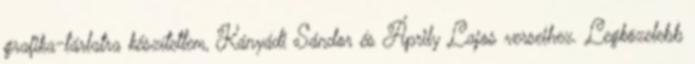
grafika-tárlatra készítettem, Kányádi Sándor és Áprily Lajos verseihez. Legközelebb